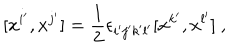
LaTeX: [ x ^ { i ^ { \prime } } , x ^ { j ^ { \prime } } ] = \frac { 1 } { 2 } \epsilon _ { i ^ { \prime } j ^ { \prime } k ^ { \prime } l ^ { \prime } } [ x ^ { k ^ { \prime } } , x ^ { l ^ { \prime } } ] ~ ,